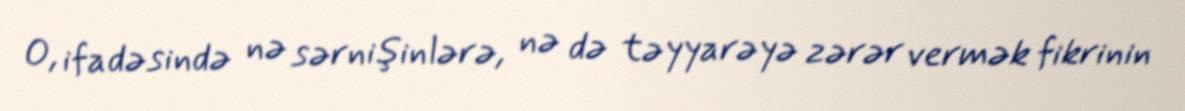
O, ifadəsində nə sərnişinlərə, nə də təyyarəyə zərər vermək fikrinin